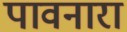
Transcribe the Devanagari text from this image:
पावनारा